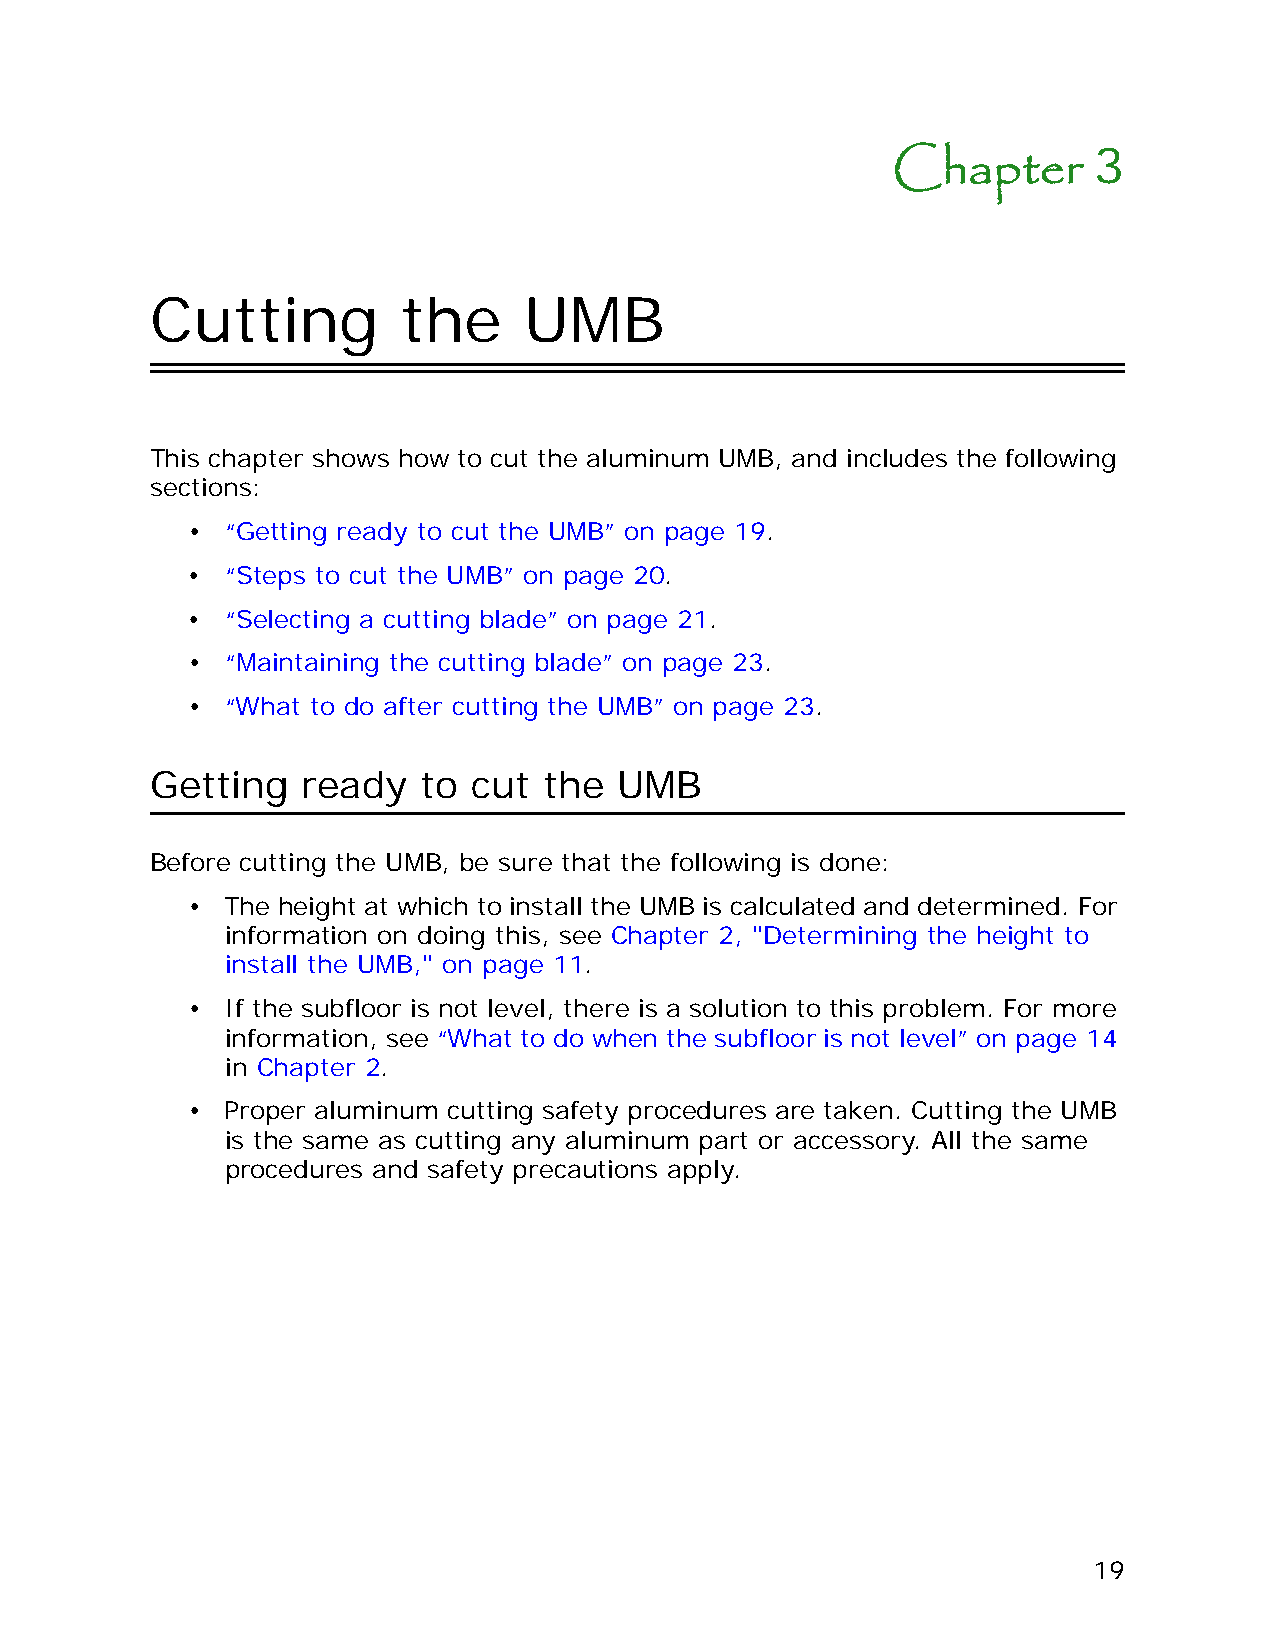
3
 Chapter
 Cutting         the      UMB
 This chapter shows how to cut the aluminum UMB, and includes the following
 sections:
 •  “Getting ready to cut the UMB” on page 19.
 •  “Steps to cut the UMB” on page 20.
 •  “Selecting a cutting blade” on page 21.
 •  “Maintaining the cutting blade” on page 23.
 •  “What to do after cutting the UMB” on page 23.
 Getting   ready   to cut  the  UMB
 Before cutting the UMB, be sure that the following is done:
 •  The height at which to install the UMB is calculated and determined. For
 information on doing this, see Chapter 2, "Determining the height to
 install the UMB," on page 11.
 •  If the subfloor is not level, there is a solution to this problem. For more
 information, see “What to do when the subfloor is not level” on page 14
 in Chapter 2.
 •  Proper aluminum cutting safety procedures are taken. Cutting the UMB
 is the same as cutting any aluminum part or accessory. All the same
 procedures and safety precautions apply.
 19